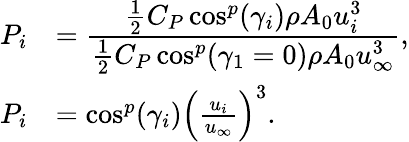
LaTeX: \begin{array}{rl}{P_{i}}&{=\cfrac{\frac{1}{2}C_{P}\cos^{p}(\gamma_{i})\rho A_{0}u_{i}^{3}}{\frac{1}{2}C_{P}\cos^{p}(\gamma_{1}=0)\rho A_{0}u_{\infty}^{3}},}\\ {P_{i}}&{=\cos^{p}(\gamma_{i})\Big(\frac{u_{i}}{u_{\infty}}\Big)^{3}.}\end{array}